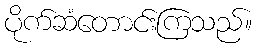
ပိုက်ဆံတောင်းကြသည်။